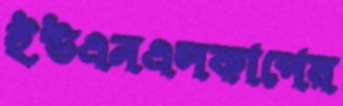
ইউএনএসকাপের